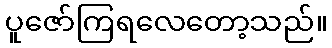
ပူဇော်ကြရလေတော့သည်။